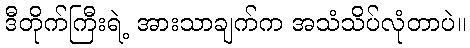
ဒီတိုက်ကြီးရဲ့ အားသာချက်က အသံသိပ်လုံတာပဲ။